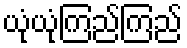
ယုံယုံကြည်ကြည်